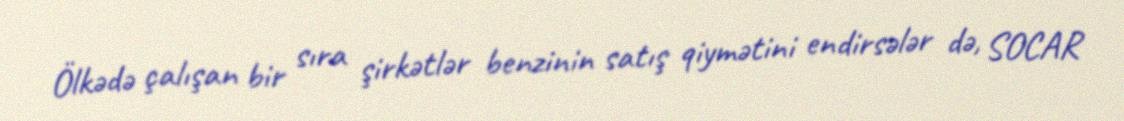
Ölkədə çalışan bir sıra şirkətlər benzinin satış qiymətini endirsələr də, SOCAR